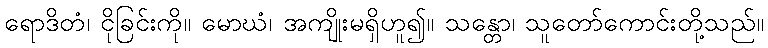
ရောဒိတံ၊ ငိုခြင်းကို။ မောဃံ၊ အကျိုးမရှိဟူ၍။ သန္တော၊ သူတော်ကောင်းတို့သည်။